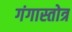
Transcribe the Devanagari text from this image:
गंगास्तोत्र